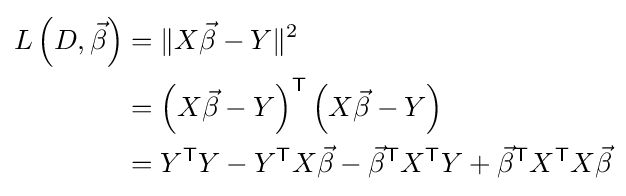
{\begin{aligned}L\left(D,{\vec {\beta }}\right)&=\|X{\vec {\beta }}-Y\|^{2}\\&=\left(X{\vec {\beta }}-Y\right)^{\textsf {T}}\left(X{\vec {\beta }}-Y\right)\\&=Y^{\textsf {T}}Y-Y^{\textsf {T}}X{\vec {\beta }}-{\vec {\beta }}^{\textsf {T}}X^{\textsf {T}}Y+{\vec {\beta }}^{\textsf {T}}X^{\textsf {T}}X{\vec {\beta }}\end{aligned}}